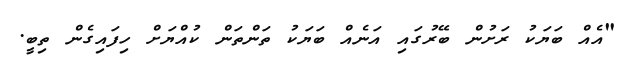
"އެއް ބަޔަކު ރަށުން ބޭރުގައި އަނެއް ބަޔަކު ތަންތަން ކުއްޔަށް ހިފައިގެން ތިބީ.